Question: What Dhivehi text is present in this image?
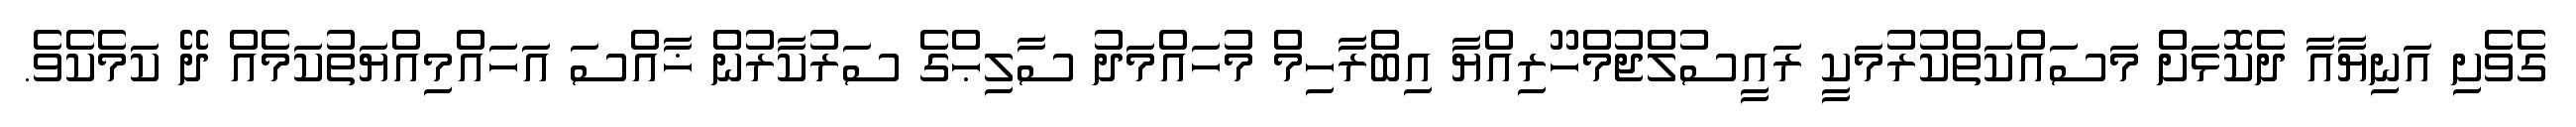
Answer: ގެވެށި އަނިޔާއާ ދެކޮޅަށް މަސައްކަތްކުރުމަކީ ރައީސުލްޖުމްހޫރިއްޔާ އިބްރާހިމް މުހައްމަދު ސާލިޙްގެ ސަރުކާރުން ޚާއްސަ އަހައްމިއްޔަތުކަމެއް ދޭ ކަމެކެވެ.